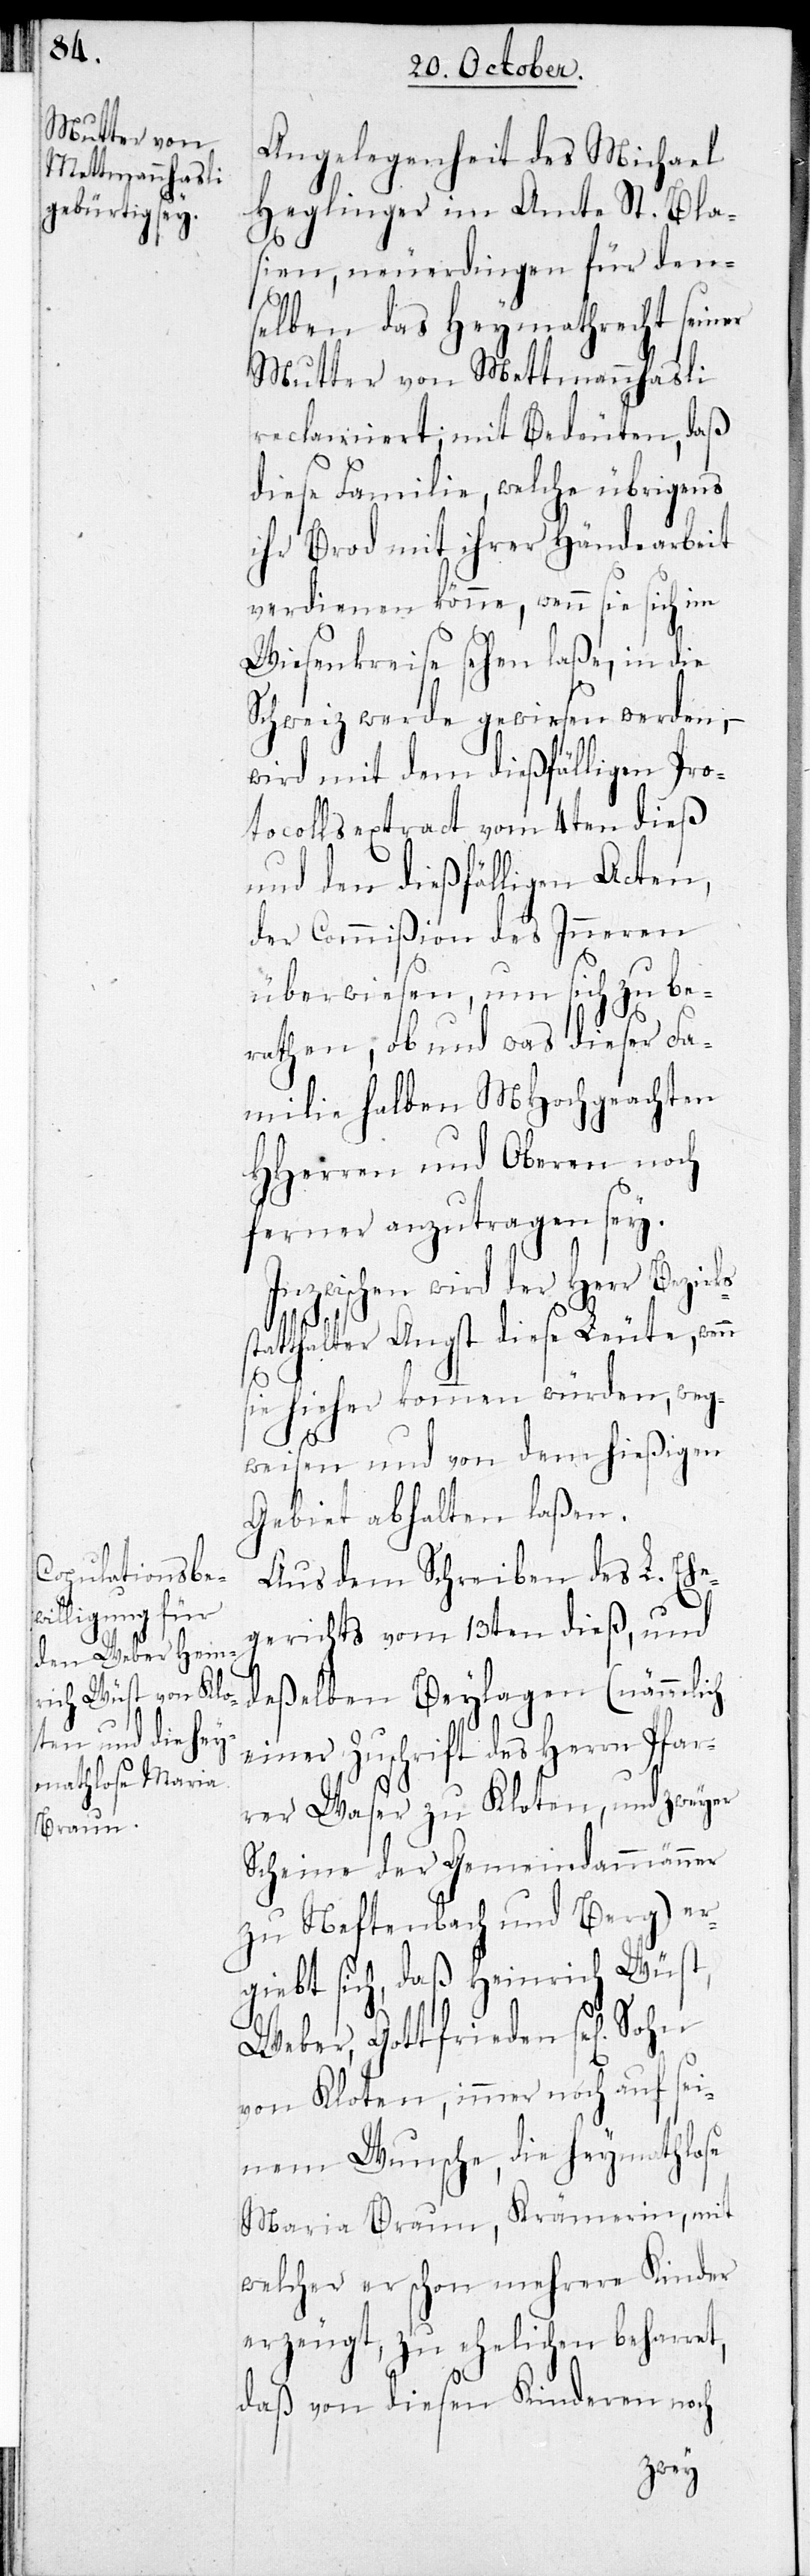
Angelegenheit des Michael
Heglinger im Amte St. Bla¬
sien, neuerdings für den¬
selben das Heymathrecht seiner
Mutter von Mettmannhasli
reclamiert; mit Bedeuten, daß
diese Familie, welche übrigens
ihr Brod mit ihrer Händearbeit
verdienen könne, wenn sie sich im
Wiesenkreise sehen laße, in die
Schweiz werde gewiesen werden, –
wir mit dem dießfälligen Pro¬
tocollsextract vom 4ten dieß
und den dießfälligen Acten,
der Commißion des Inneren
überwiesen, um sich zu be¬
rathen, ob und was dieser Fa¬
milie halben MHochgeachten
HHerren und Oberen noch
ferner anzutragen sey.
Inzwischen wird der Herr Bezirk¬
statthalter Angst diese Leute, wenn
s¬
sie hieher kommen würden, weg¬
weisen und von dem hießigen
Gebiet abhalten laßen.
Aus dem Schreiben des L. Ehe¬
gerichts vom 13ten dieß, und
deßelben Beylagen (nämlich
einer Zuschrift des Herrn Pfar¬
rer Waser zu Kloten, und zweyen
Scheine der Gemeindammänner
zu Neftenbach und Berg) er¬
giebt sich, daß Heinrich Wüst,
Weber, Gottfrieden se[lig]
von Kloten, immer noch auf sei¬
nem Wunsche, die heymathlose
Maria Braun, Krämerin, mit
welcher er schon mehrere Kinder
erzeugt, zu ehelichen beharret,
daß von diesen Kinderen noch